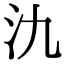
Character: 氿